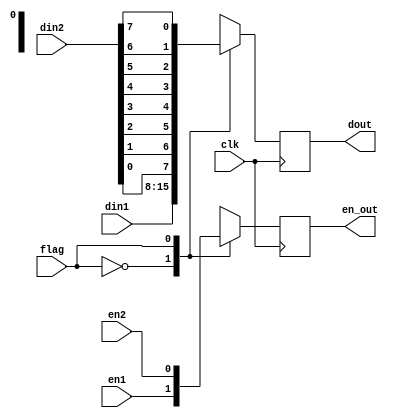
module   select_source_ctr(
							input clk,
							input flag,
							input en1,
							input [7:0]din1,
							input en2,
							input [7:0]din2,
							output reg [7:0]dout,
							output reg en_out
							);



always @(posedge clk)
begin
	case(flag)
		0:begin
			en_out <= en1;
			dout <= din1;
		end
		1:
		begin
			en_out <= en2;
			dout <= {din2[0],din2[1],din2[2],din2[3],din2[4],din2[5],din2[6],din2[7]};
		end
		default:
			begin
			en_out <= 0;
			dout <= 0;
		end
	endcase
end


endmodule